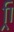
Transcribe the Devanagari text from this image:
र्‍ाि